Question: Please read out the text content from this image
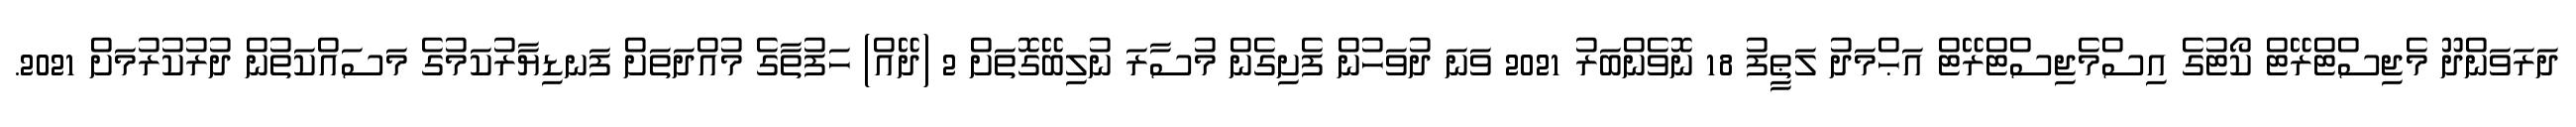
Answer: ދަރަވަންދޫ މެޖިސްޓްރޭޓް ކޯޓުގެ އިސްމެޖިސްޓްރޭޓް އަޙްމަދު ލަޠީފު 18 ނޮވެންބަރު 2021 ވަނަ ދުވަހުން ފެށިގެން މުސާރަ ނުލިބޭގޮތަށް 2 (ދޭއް) ހަފުތާގެ މުއްދަތަށް ފަނޑިޔާރުކަމުގެ މަސައްކަތުން ދުރުކުރުމަށް 2021.